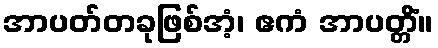
အာပတ်တခုဖြစ်အံ့၊ ဧကံ အာပတ္တိံ။